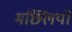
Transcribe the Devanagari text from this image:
मछ्लियो